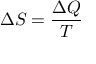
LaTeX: \Delta S = { \frac { \Delta Q } { T } }